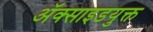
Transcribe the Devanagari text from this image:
अॅक्साइडयुक्त